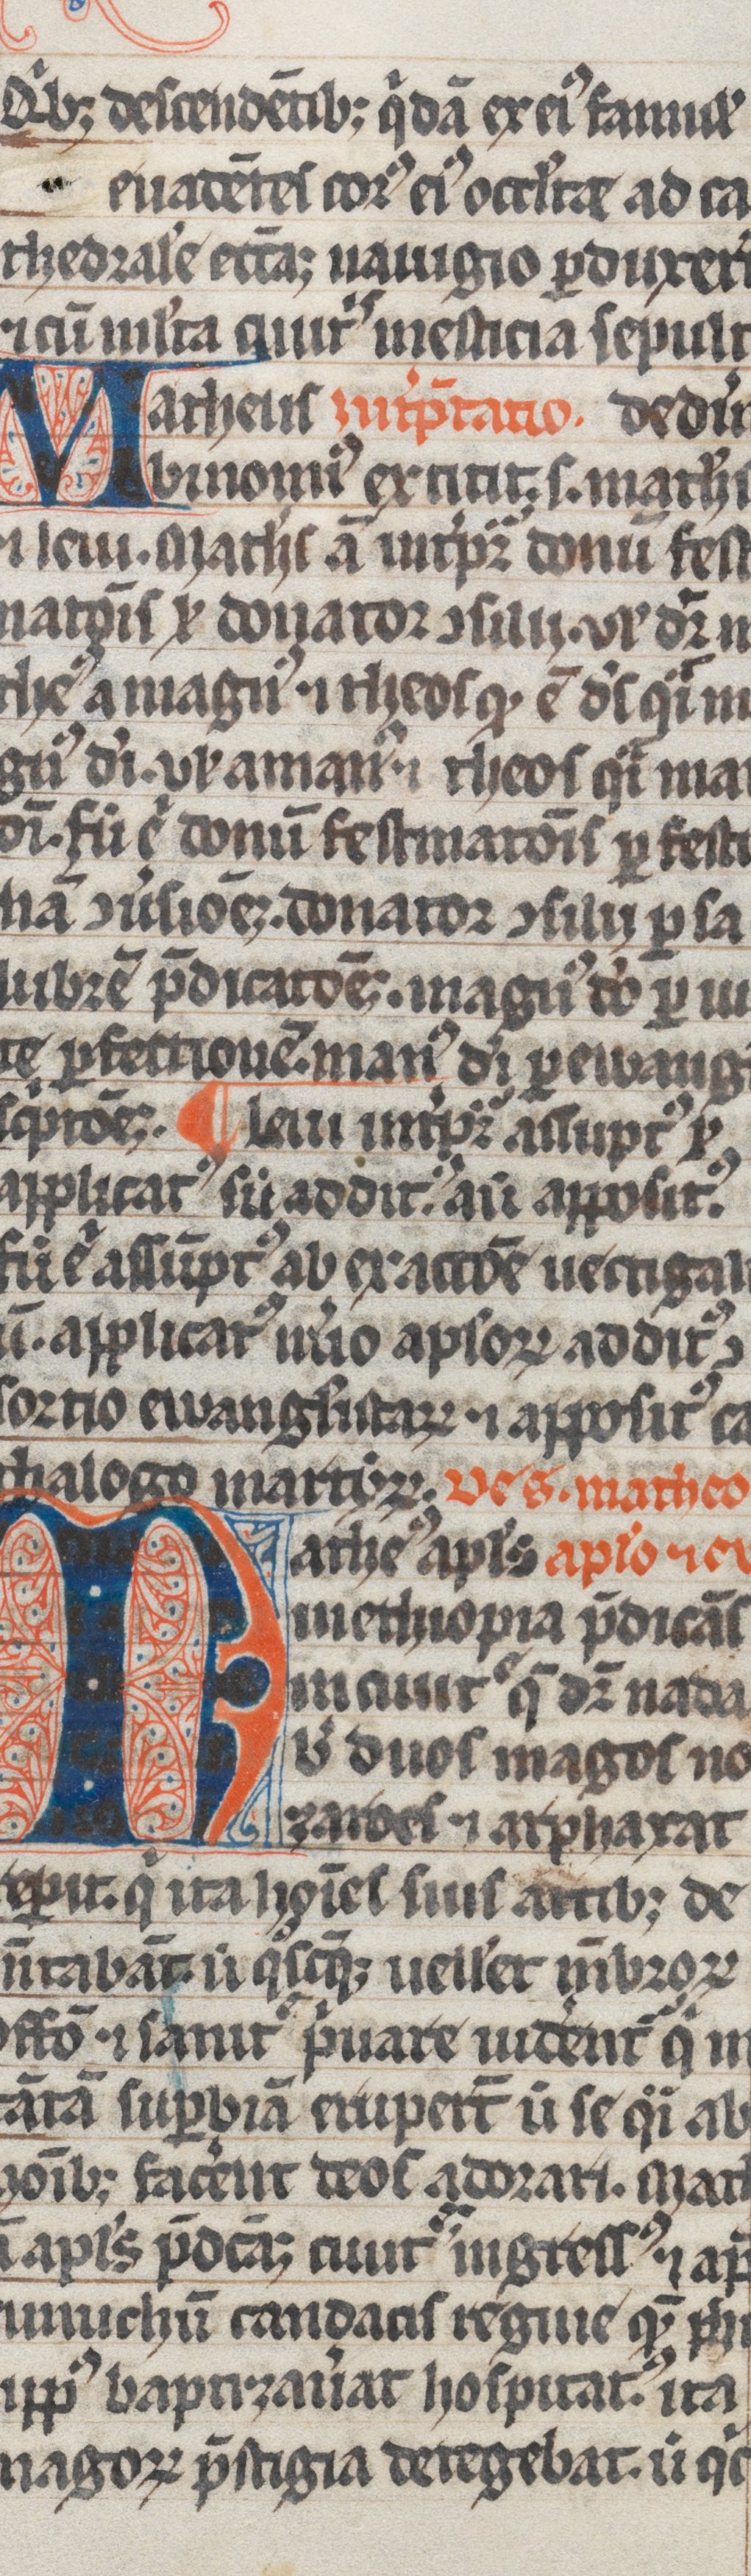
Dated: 1300–1399